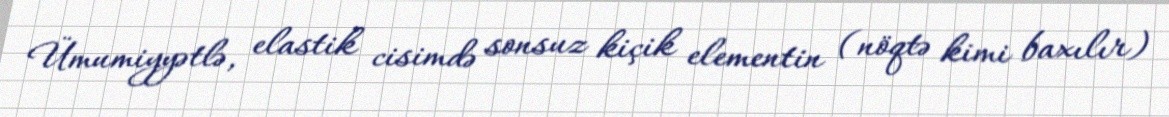
Ümumiyyətlə, elastik cisimdə sonsuz kiçik elementin (nöqtə kimi baxılır)